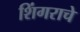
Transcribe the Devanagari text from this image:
शिंगराचे